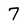
Character: 7